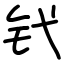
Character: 𬬩